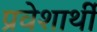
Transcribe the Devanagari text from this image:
प्रवेशार्थी